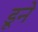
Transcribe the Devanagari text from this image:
डूने